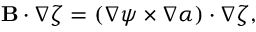
\mathbf { B } \cdot \nabla \zeta = \left( \nabla \psi \times \nabla \alpha \right) \cdot \nabla \zeta ,